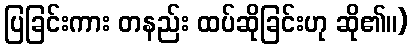
ပြခြင်းကား တနည်း ထပ်ဆိုခြင်းဟု ဆို၏။)